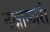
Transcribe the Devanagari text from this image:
नक्षाकारी